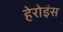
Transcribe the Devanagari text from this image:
हेरोइंस